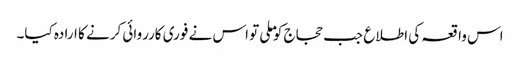
اس واقعہ کی اطلاع جب حجاج کو ملی تو اس نے فوری کارروائی کرنے کا ارادہ کیا۔